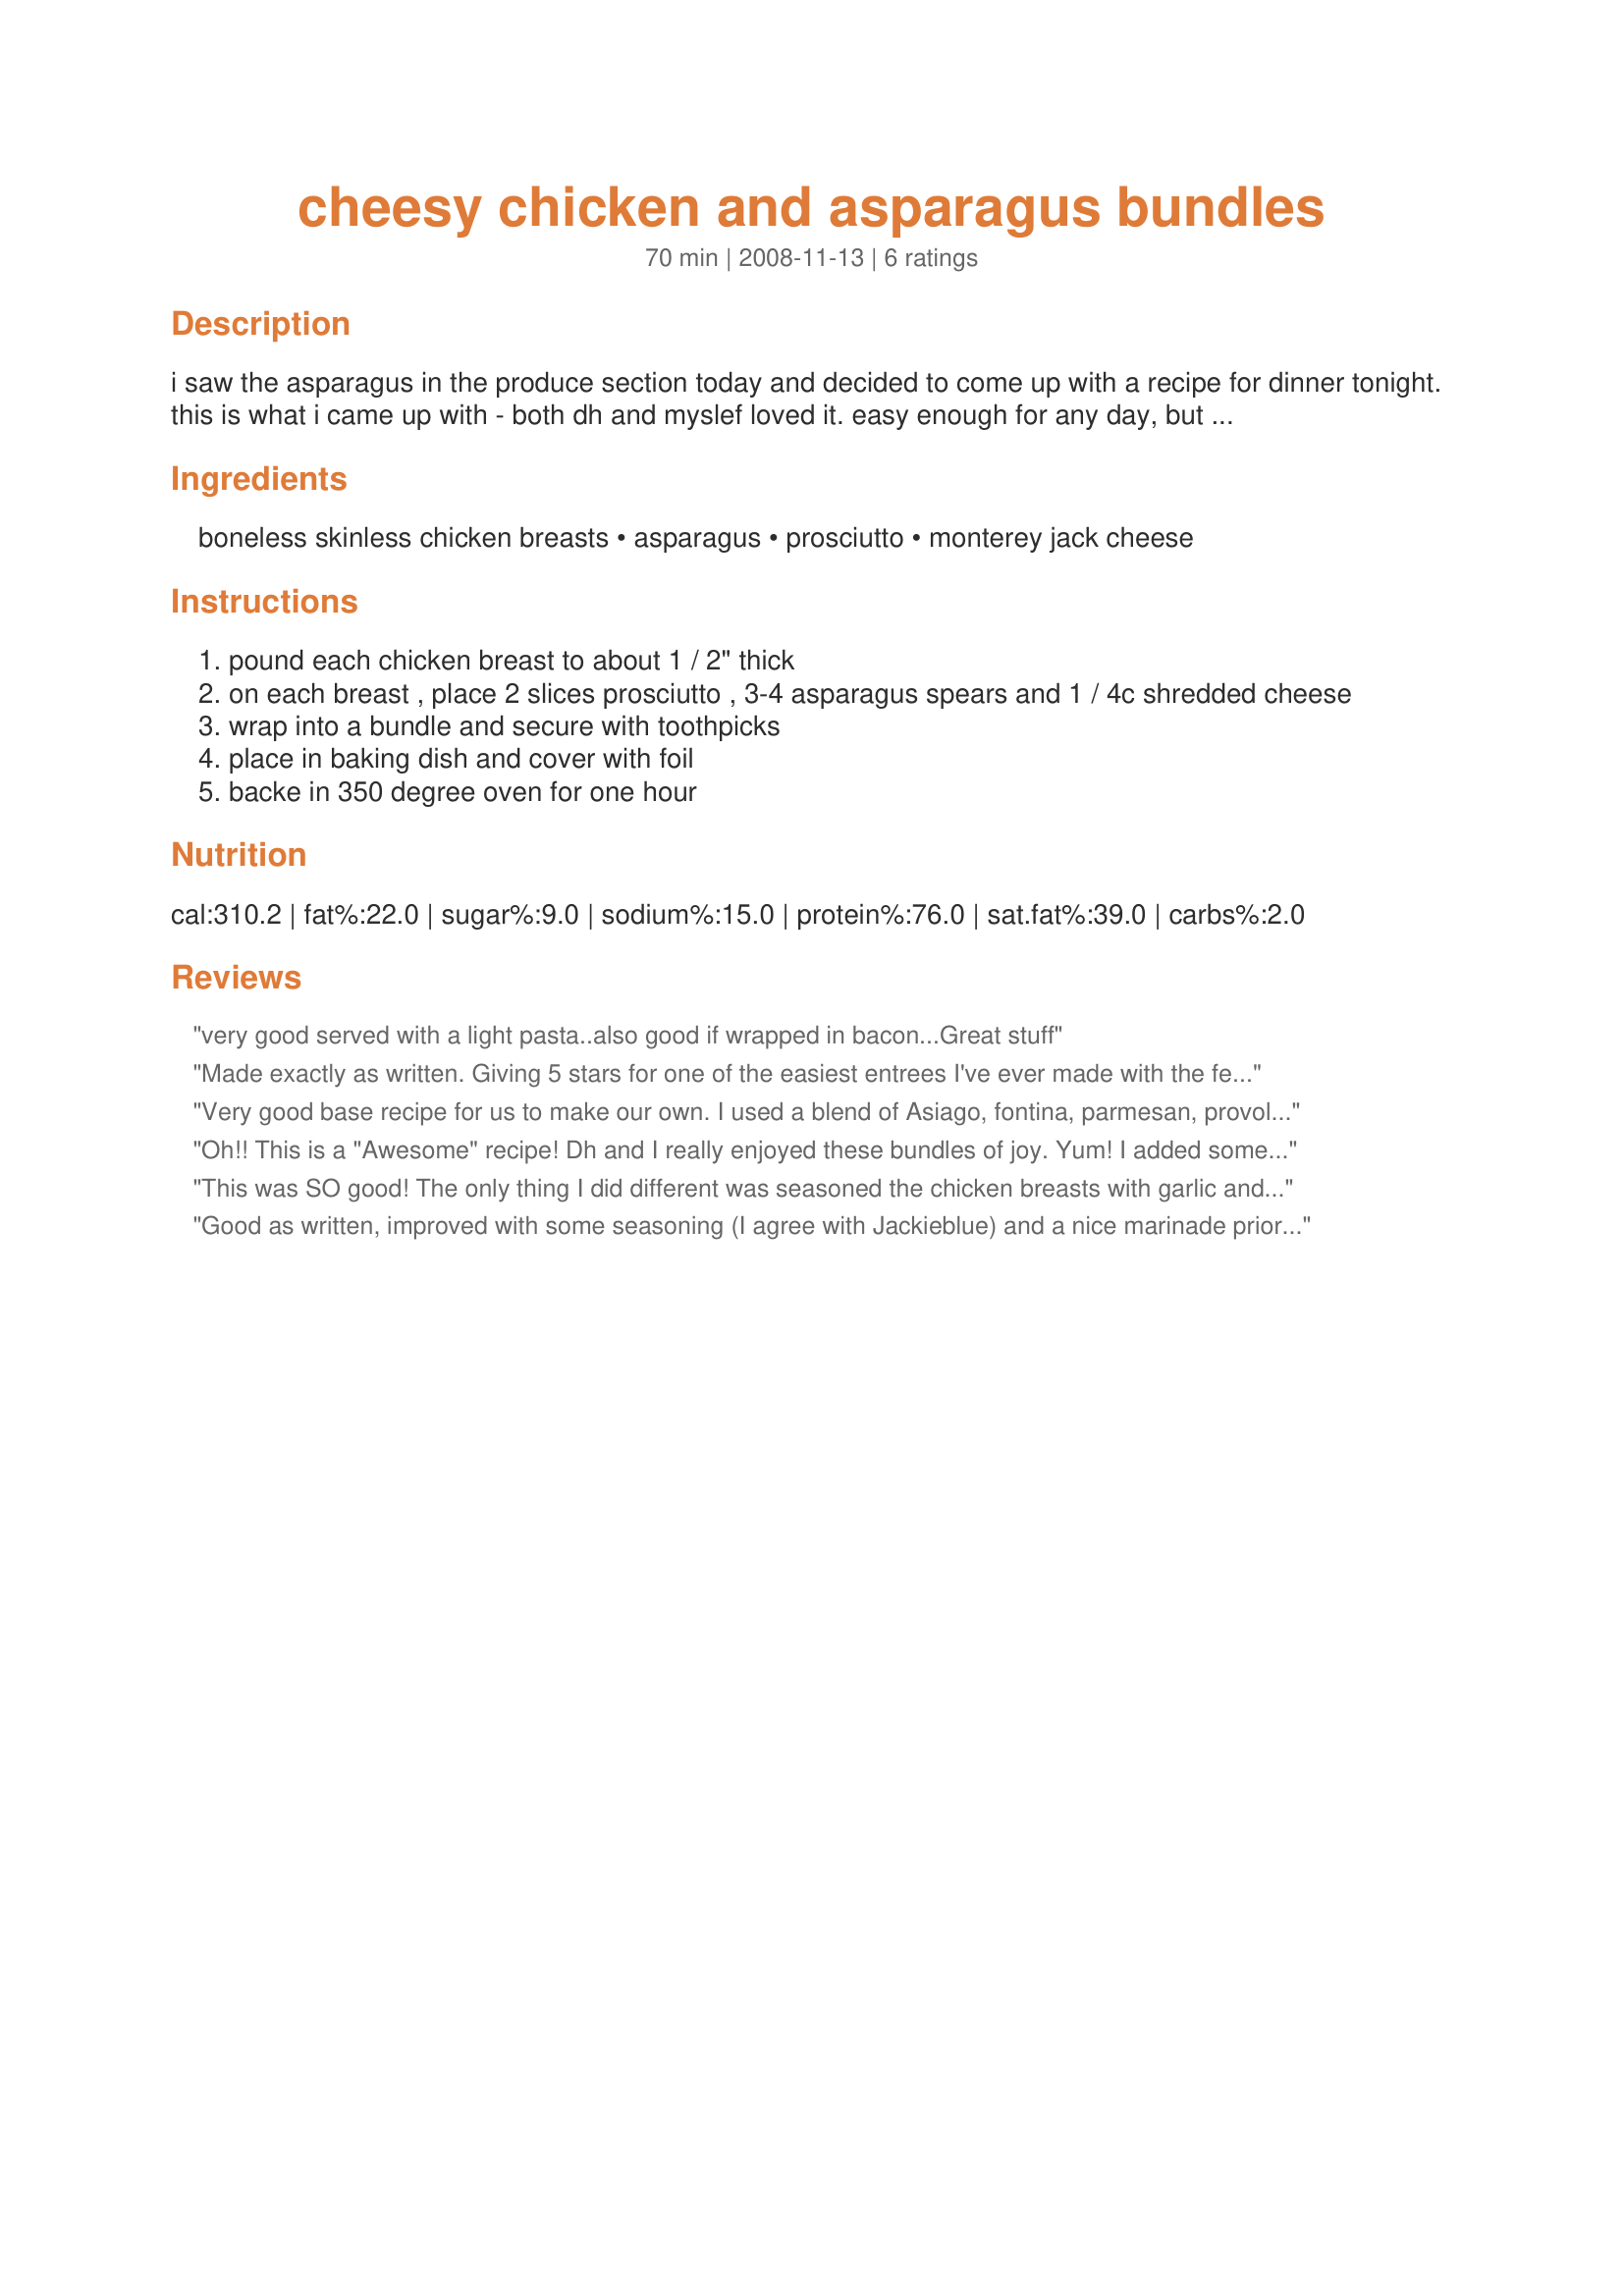
cheesy chicken and asparagus bundles
Preparation time: 70 minutes

i saw the asparagus in the produce section today and decided to come up with a recipe for dinner tonight. this is what i came up with - both dh and myslef loved it. easy enough for any day, but "fancy" enough for a dinner party.

i served these with fingerling potatoes roasted with olive oil and rosemary.

Ingredients:
boneless skinless chicken breasts, asparagus, prosciutto, monterey jack cheese

Steps:
pound each chicken breast to about 1 / 2" thick
on each breast , place 2 slices prosciutto , 3-4 asparagus spears and 1 / 4c shredded cheese
wrap into a bundle and secure with toothpicks
place in baking dish and cover with foil
backe in 350 degree oven for one hour

Reviews:
very good served with a light pasta..also good if wrapped in bacon...Great stuff
Made exactly as written. Giving 5 stars for one of the easiest entrees I've ever made with the fewest ingredients that tastes really great! Served with a wild rice and sliced tomatoes.
Very good base recipe for us to make our own. I used a blend of Asiago, fontina, parmesan, provolone, and mozzerella. I also seasoned the outside liberally with pepper, some garlic, and a little salt. I highly recommend thick asparagus spears as the thin would have been very overcooked for us. I might shave a little off the cooking time next time. Served with rice pilaf. It will be fun to try different cheeses. My husband loved this and I am glad I made enough for 2 nights!
Oh!! This is a "Awesome" recipe!
Dh and I really enjoyed these bundles of joy. Yum! I added some smoked gouda along with the monterey jack cheese and the flavor was just outstanding. Dh kept telling me this was the best chicken he has had in awhile. The asparagus really is a wonderful veggie to stuff chicken with. I used 6 small stalks to one breast and 3 strips of the thin prosciutto. This recipe will go into my family's favorite cookbook. Thank you so much for sharing this wonderful recipe! :)
This was SO good! The only thing I did different was seasoned the chicken breasts with garlic and pepper and then paprika on top to enhance presentation. I also cut the asparagus spears in half. They tasted AWESOME and looked awesome too! Left overs heated well, too, and tasted just as good the next day. I cant wait to make this for other people. Thanks!
Good as written, improved with some seasoning (I agree with Jackieblue) and a nice marinade prior to baking? Thanks for a nice base recipe!
